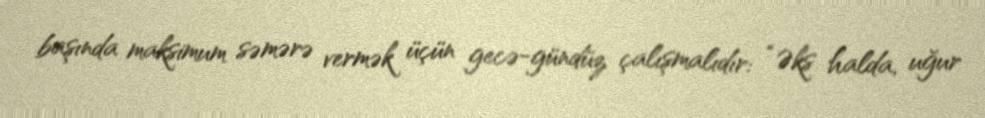
başında maksimum səmərə vermək üçün gecə-gündüz çalışmalıdır: “Əks halda, uğur